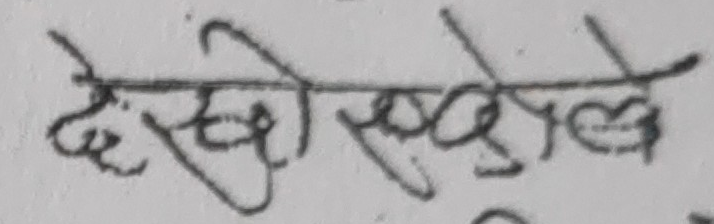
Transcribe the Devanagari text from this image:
देखी सकेकोले